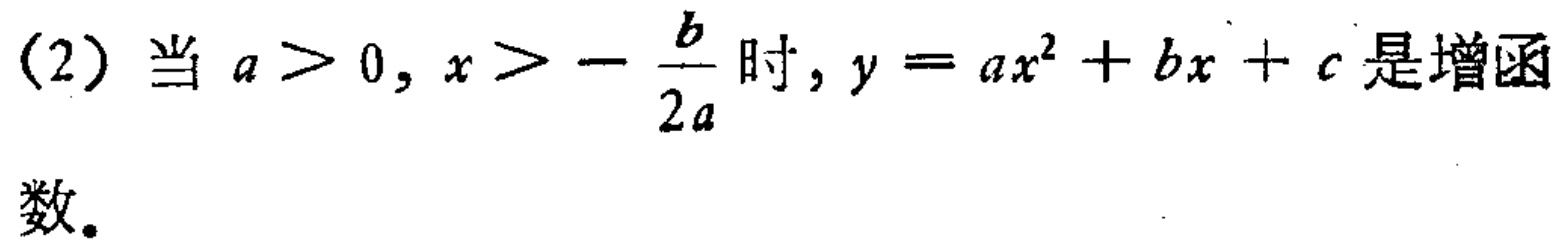
(2) 当 \(a > 0, x > -\frac{b}{2a}\) 时, \(y = ax^{2}+bx + c\) 是增函数。